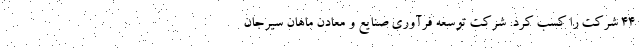
44 شرکت را کسب کرد. شرکت توسعه فرآوری صنایع و معادن ماهان سیرجان